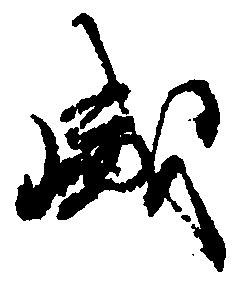
盛